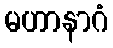
မဟာနာဂံ